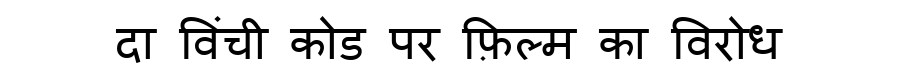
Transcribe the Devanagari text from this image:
दा विंची कोड पर फ़िल्म का विरोध